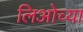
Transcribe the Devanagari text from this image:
लिओच्या